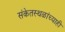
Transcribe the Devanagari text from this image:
संकेतस्थळांच्याही